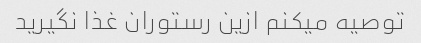
توصیه میکنم ازین رستوران غذا نگیرید